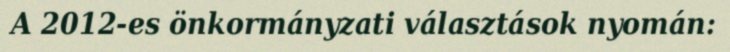
A 2012-es önkormányzati választások nyomán: